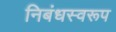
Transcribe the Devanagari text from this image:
निबंधस्वरूप